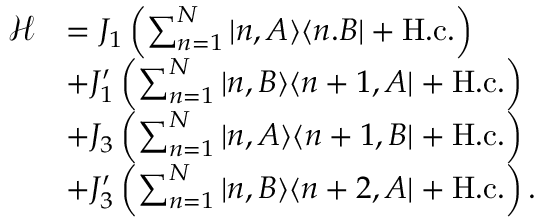
\begin{array} { r l } { \mathcal { H } } & { = J _ { 1 } \left( \sum _ { n = 1 } ^ { N } | n , A \rangle \langle n . B | + \mathrm { H . c . } \right) } \\ & { + J _ { 1 } ^ { \prime } \left( \sum _ { n = 1 } ^ { N } | n , B \rangle \langle n + 1 , A | + \mathrm { H . c . } \right) } \\ & { + J _ { 3 } \left( \sum _ { n = 1 } ^ { N } | n , A \rangle \langle n + 1 , B | + \mathrm { H . c . } \right) } \\ & { + J _ { 3 } ^ { \prime } \left( \sum _ { n = 1 } ^ { N } | n , B \rangle \langle n + 2 , A | + \mathrm { H . c . } \right) . } \end{array}